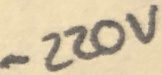
Text: -220V